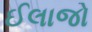
ઈલાજો